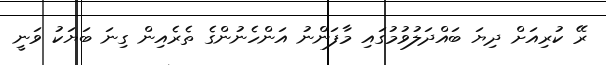
ރޭ ކުރިއަށް ދިޔަ ބައްދަލުވުމުގައި މާފަންނު އަންހެނުންގެ ތެރެއިން ގިނަ ބަޔަކު ވަނީ